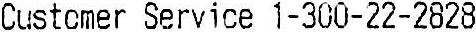
CUSTOMER SERVICE 1-300-22-2828